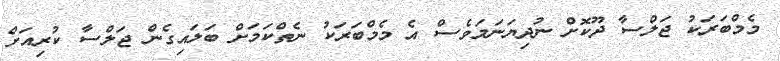
މެމްބަރަކު ޖަލްސާ ދޫކޮށް ނުދިޔަނަމަވެސް އެ މެމްބަރަކު ނެތްކަމަށް ބަލައިގެން ޖަލްސާ ކުރިއަށް